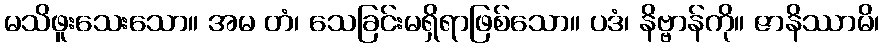
မသိဖူးသေးသော။ အမ တံ၊ သေခြင်းမရှိရာဖြစ်သော။ ပဒံ၊ နိဗ္ဗာန်ကို။ ဇာနိဿာမိ၊